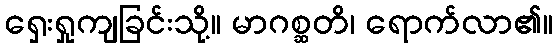
ရှေးရှုကျခြင်းသို့။ မာဂစ္ဆတိ၊ ရောက်လာ၏။